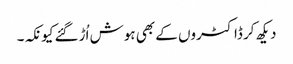
دیکھ کر ڈاکٹروں کے بھی ہوش اُڑگئے کیونکہ۔